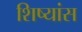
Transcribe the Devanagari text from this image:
शिष्यांस